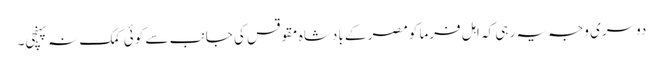
دوسری وجہ یہ رہی کہ اہل فرما کومصر کے بادشاہ مقوقس کی جانب سے کوئی کمک نہ پہنچی۔